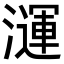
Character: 𪷦